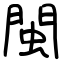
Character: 閩